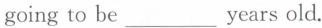
going to be___ years old.